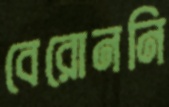
বেরোননি